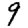
Digit: 9